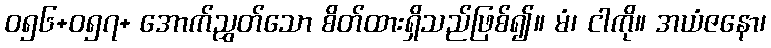
ဝ၅၆+ဝ၅၇+ အောက်ညွှတ်သော စိတ်ထားရှိသည်ဖြစ်၍။ မံ၊ ငါကို။ အယံဇနော၊